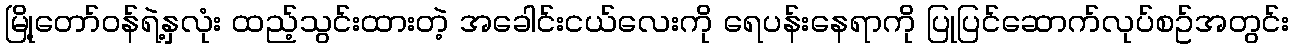
မြို့တော်ဝန်ရဲ့နှလုံး ထည့်သွင်းထားတဲ့ အခေါင်းငယ်လေးကို ရေပန်းနေရာကို ပြုပြင်ဆောက်လုပ်စဥ်အတွင်း